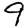
Digit: 9